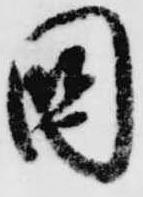
国